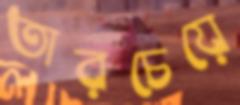
তারচেয়ে